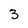
Character: 3